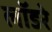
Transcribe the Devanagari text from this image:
लॉडरे